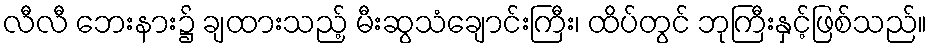
လီလီ ဘေးနား၌ ချထားသည့် မီးဆွသံချောင်းကြီး၊ ထိပ်တွင် ဘုကြီးနှင့်ဖြစ်သည်။